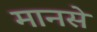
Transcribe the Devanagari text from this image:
मानसे